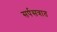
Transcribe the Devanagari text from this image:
सर्पसत्रात